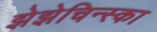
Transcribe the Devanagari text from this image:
झेझेचिन्स्का